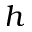
h